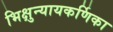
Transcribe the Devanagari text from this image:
भिक्षुन्यायकर्णिका